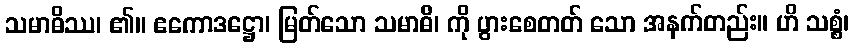
သမာဓိဿ၊ ၏။ ဧကောဒဋ္ဌော၊ မြတ်သော သမာဓိ၊ ကို ပွားစေတတ် သော အနက်တည်း။ ဟိ သစ္စံ၊